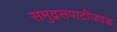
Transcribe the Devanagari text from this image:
समुद्रसपाटीजवळ